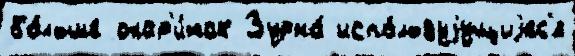
бо́льше окар'и́нах Зурна́ испо́льзуjущиjес'я